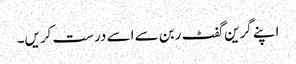
اپنے گرین گفٹ ربن سے اسے درست کریں۔